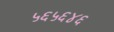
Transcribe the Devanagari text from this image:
५६५६४६